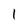
Character: 1